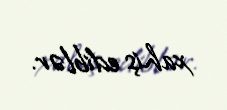
xahiş ediblər.